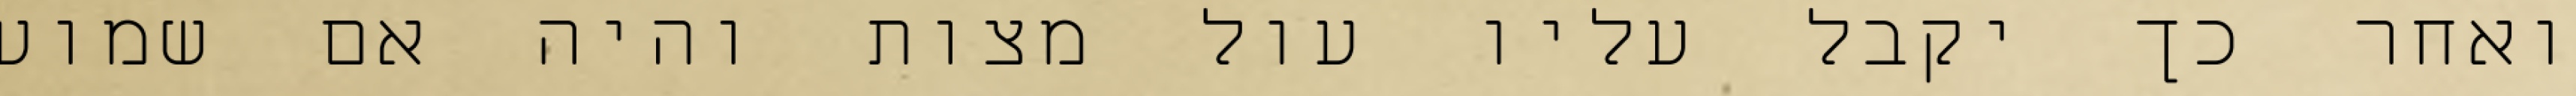
ואחר כך יקבל עליו עול מצות והיה אם שמוע